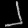
Digit: ၂